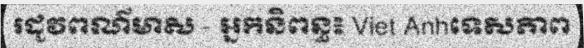
រដូវពណ៌មាស - អ្នកនិពន្ធ៖ Viet Anhទេសភាព